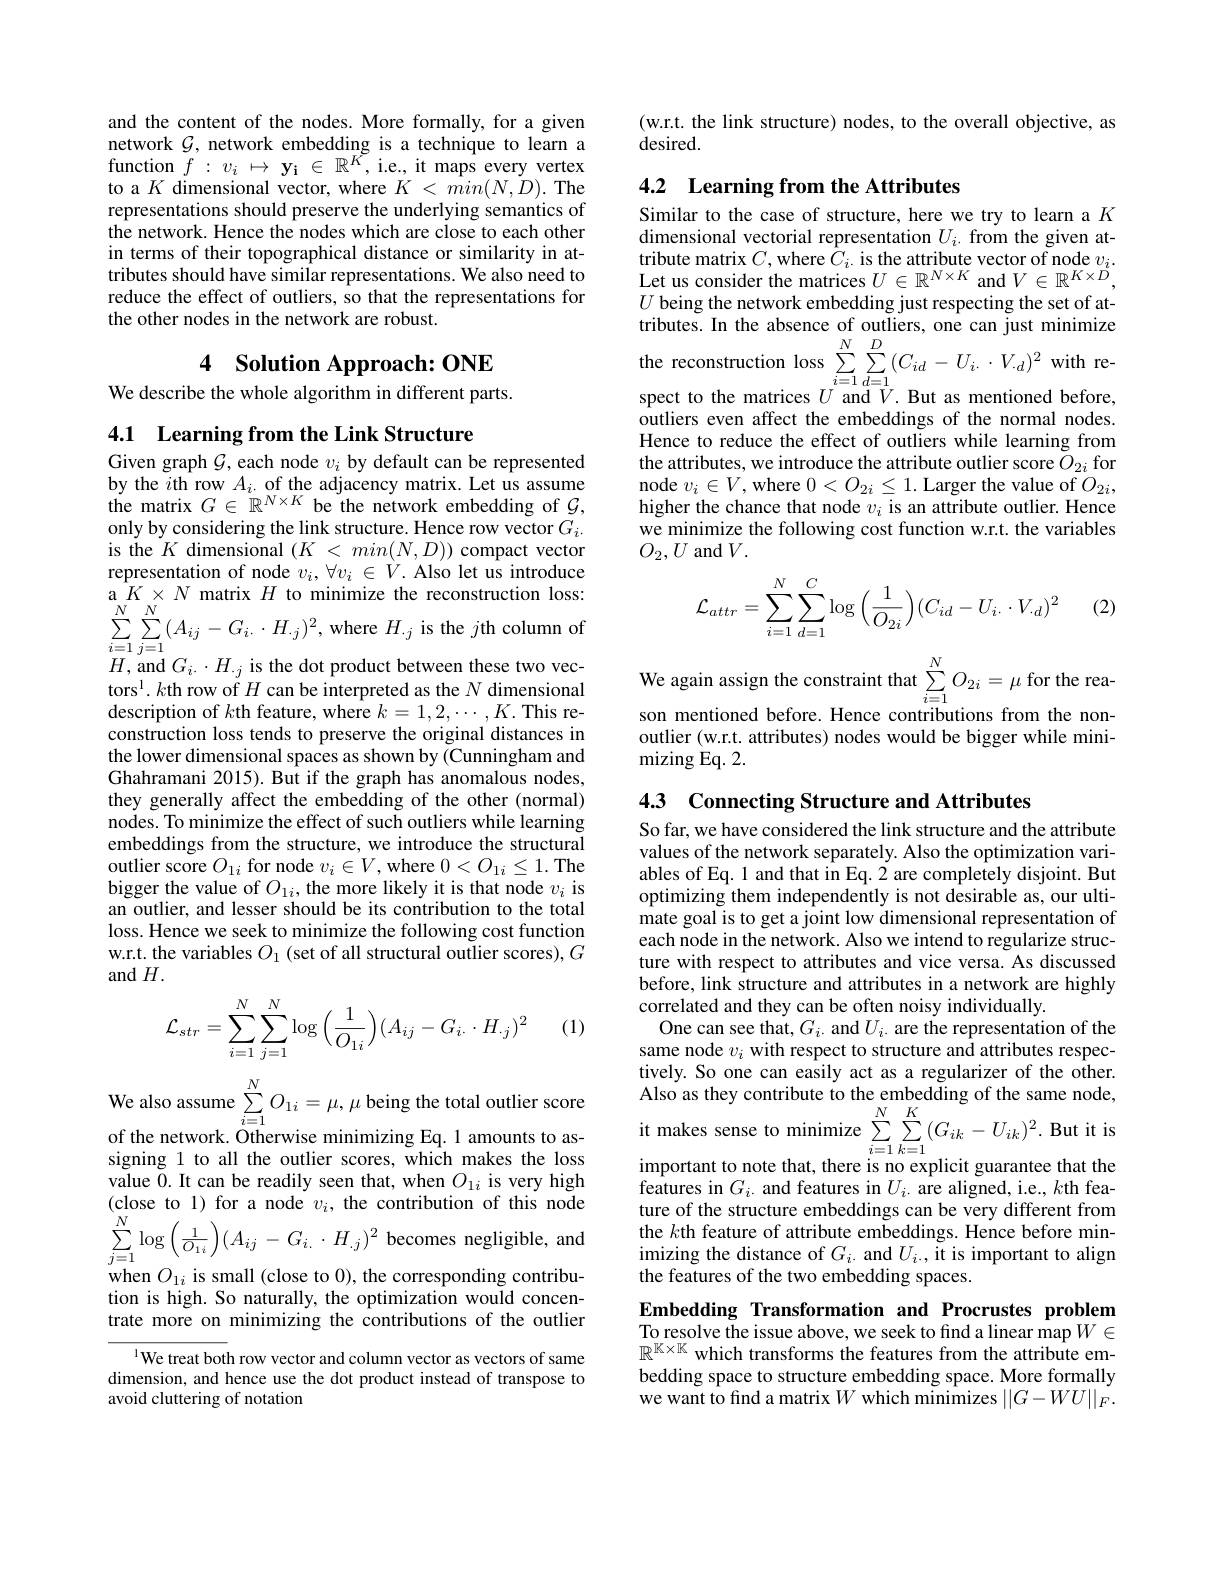
and the content of the nodes. More formally, for a given $\begin{array}{ll}{\mathrm{network~}\mathcal{G},\mathrm{~network~embedding~is~a~technique~to~learn~a}}\\{\mathrm{function~}f:v_i\mapsto\mathbf{y_i~\in~}\mathbb{R}^K,\mathrm{~i.e,~it~maps~every~vertex}}\end{array}$ to a $K$ dimensional vector, where $K<min(N,D).$ The representations should preserve the underlying semantics of the network. Hence the nodes which are close to each other in terms of their topographical distance or similarity inattributes should have similar representations. We also need to reduce the effect of outliers, so that the representations for the other nodes in the network are robust.

4 Solution Approach: ONE
We describe the whole algorithm in different parts.

4.1 Learning from the Link Structure

Given graph $\mathcal{G}$, each node $v_i$ by default can be represented $\begin{array}{l}\text{by the }i\text{th row }A_{i.\text{ of the adjacency matrix. Let us assume}}\\\text{the matrix }G\in\mathbb{R}^{N\times K}\text{ be the network embedding of }\mathcal{G},\end{array}$ only by considering the link structure. Hence row vector $G_i.$ $\begin{array}{l}{\mathrm{is~the~}K\text{ dimensional }(K\:<\:min(N,D))\text{ compact vector}}\\{\mathrm{representation~of~node~}v_{i},\:\forall v_{i}\:\in\:V.\text{ Also let us introduce}}\end{array}$ a $K\times N$ matrix $H$ to minimize the reconstruction loss: $\sum_{i=1}^{N}\sum_{j=1}^{N}(A_{ij}-G_{i}.\cdot H_{\cdot j})^{2}$,where $H_{\cdot j}$ is the $j$th column ot $H$, and $G_i.\cdot H_{.j}$ is the dot product between these two vectors$^1.k$th row of $H$ can be interpreted as the $N$ dimensional description of $k$th feature, where $k=1,2,\cdots,K.$This reconstruction loss tends to preserve the original distances in the lower dimensional spaces as shown by (Cunningham and Ghahramani 2015). But if the graph has anomalous nodes, they generally affect the embedding of the other (normal) nodes. To minimize the effect of such outliers while learning embeddings from the structure, we introduce the structural outlier score $O_{1i}$ for node $v_i\in V$, where $0<O_1i\leq1.$ The bigger the value of $O_{1i}$,the more likely it is that node $v_i$ is an outlier, and lesser should be its contribution to the total loss. Hence we seek to minimize the following cost function w.r.t. the variables $O_1$ (set of all structural outlier scores), $G$ and $H.$
$$\mathcal{L}_{str}=\sum_{i=1}^N\sum_{j=1}^N\log\Big(\frac{1}{O_{1i}}\Big)(A_{ij}-G_{i\cdot}\cdot H_{\cdot j})^2$$
(1)

We also assume$\sum _{i= 1}^{N}O_{1i}= \mu , \mu$being the total outlier score of the network. Otherwise minimizing Eq. 1 amounts to assigning 1 to all the outlier scores, which makes the loss value 0. It can be readily seen that, when $O_{1i}$ is very high (close to 1) for a node $v_i$, the contribution of this node $\sum_{j=1}^{N}\log\left(\frac{1}{O_{1i}}\right)(A_{ij}-G_{i.}\cdot H_{.j})^{2}$ becomes negligible, and when $O_{1i}$ is small (close to 0), the corresponding contribution is high. So naturally, the optimization would concentrate more on minimizing the contributions of the outlier

l We treat both row vector and column vector as vectors of same dimension, and hence use the dot product instead of transpose to avoid cluttering of notation

(w.r.t. the link structure) nodes, to the overall objective, as
desired.

## 4.2 Learning from the Attributes Similar to the case of structure, here we try to learn a $K$

dimensional vectorial representation $U_i.$ from the given at- $\begin{array}{l}{\text{tribute matrix }C,\mathrm{where~}C_{i}.\mathrm{~is~the~attribute~vector~of~node~}v_{i}.}\\{\text{Let us consider the matrices }U\in\mathbb{R}^{N\times K}\mathrm{~and~}V\in\mathbb{R}^{K\times D},}\end{array}$ $U$ being the network embedding just respecting the set of attributes. In the absence of outliers, one can just minimize the reconstruction loss $\sum_{i=1}^{N}\sum_{d=1}^{D}(C_{id}-U_{i.}\cdot V_{\cdot d})^{2}$ with respect to the matrices $U$ and $V.$ But as mentioned before, outliers even affect the embeddings of the normal nodes. Hence to reduce the effect of outliers while learning from the attributes, we introduce the attribute outlier score $\tilde{O}_{2i}$ for node $v_i\in V$,where $0<O_{2i}\leq1.$ Larger the value of $O_{2i}$, higher the chance that node $v_i$ is an attribute outlier. Hence we minimize the following cost function w.r.t. the variables $O_{2},U$ and $V.$

(2)
$$\mathcal{L}_{attr}=\sum\limits_{i=1}^N\sum\limits_{d=1}^C\log\left(\frac{1}{O_{2i}}\right)(C_{id}-U_{i\cdot}\cdot V_{\cdot d})^2$$
We again assign the constraint that $\sum_{i=1}^{N}O_{2i}=\mu$ for the rea son mentioned before. Hence contributions from the nonoutlier (w.r.t. attributes) nodes would be bigger while minimizing Eq. 2.

4.3 Connecting Structure and Attributes

So far, we have considered the link structure and the attribute values of the network separately. Also the optimization variables of Eq. 1 and that in Eq. 2 are completely disjoint. But optimizing them independently is not desirable as, our ultimate goal is to get a joint low dimensional representation of each node in the network. Also we intend to regularize structure with respect to attributes and vice versa. As discussed before, link structure and attributes in a network are highly correlated and they can be often noisy individually.
One can see that, $G_i.$ and $U_i.$ are the representation of the same node $v_i$ with respect to structure and attributes respectively. So one can easily act as a regularizer of the other. Also as they contribute to the embedding of the same node, it makes sense to minimize $\sum_{i=1}^{N}\sum_{k=1}^{K}(G_{ik}-U_{ik})^{2}.$ But it i important to note that, there is no explicit guarantee that the features in $G_i.$ and features in $U_i.$ are aligned, i.e., $k$th feature of the structure embeddings can be very different from the $k$th feature of attribute embeddings. Hence before minimizing the distance of $G_i.$ and $U_i.$, it is important to align the features of the two embedding spaces.
Embedding Transformation and Procrustes problem

To resolve the issue above, we seek to find a linear map $W\in$ $\mathbb{R}^{\mathbb{K}\times\mathbb{K}}$ which transforms the features from the attribute embedding space to structure embedding space. More formally we want to find a matrix $W$ which minimizes $||G-WU||_F.$